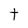
Character: t